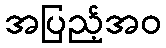
အပြည့်အဝ